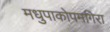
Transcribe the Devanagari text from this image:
मधुपाकोपमगिरा